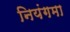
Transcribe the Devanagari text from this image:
नियंगमा